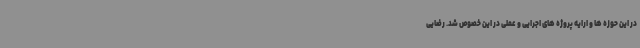
در این حوزه ها و ارایه پروژه های اجرایی و عملی در این خصوص شد. رضایی